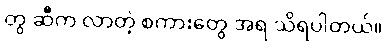
တွ ဆီက လာတဲ့ စကားတွေ အရ သိရပါတယ်။